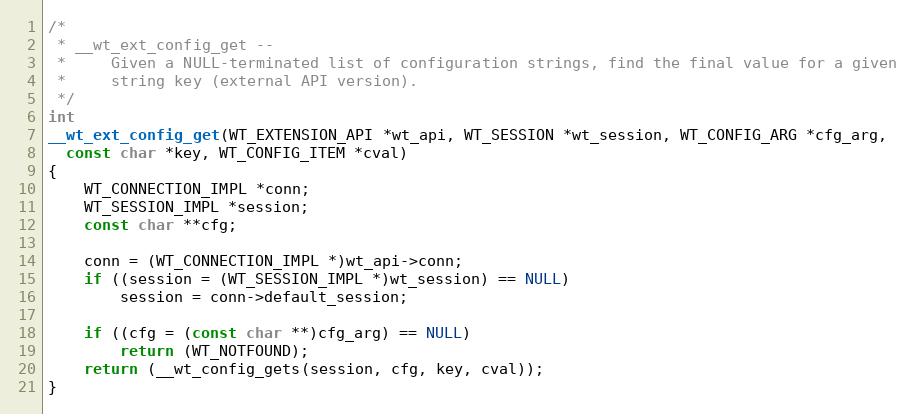
Language: C
/*
 * __wt_ext_config_get --
 *     Given a NULL-terminated list of configuration strings, find the final value for a given
 *     string key (external API version).
 */
int
__wt_ext_config_get(WT_EXTENSION_API *wt_api, WT_SESSION *wt_session, WT_CONFIG_ARG *cfg_arg,
  const char *key, WT_CONFIG_ITEM *cval)
{
    WT_CONNECTION_IMPL *conn;
    WT_SESSION_IMPL *session;
    const char **cfg;

    conn = (WT_CONNECTION_IMPL *)wt_api->conn;
    if ((session = (WT_SESSION_IMPL *)wt_session) == NULL)
        session = conn->default_session;

    if ((cfg = (const char **)cfg_arg) == NULL)
        return (WT_NOTFOUND);
    return (__wt_config_gets(session, cfg, key, cval));
}